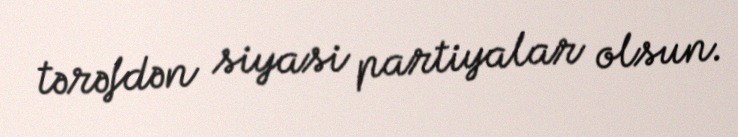
tərəfdən siyasi partiyalar olsun.